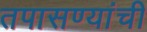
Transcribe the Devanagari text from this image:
तपासण्यांची